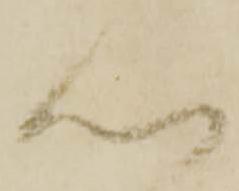
心